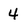
Character: 4